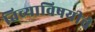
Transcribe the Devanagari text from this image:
तिच्याविषयीचे